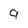
Character: 9